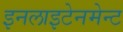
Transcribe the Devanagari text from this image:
इनलाइटेनमेन्ट